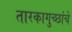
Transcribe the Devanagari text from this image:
तारकागुच्छांचे